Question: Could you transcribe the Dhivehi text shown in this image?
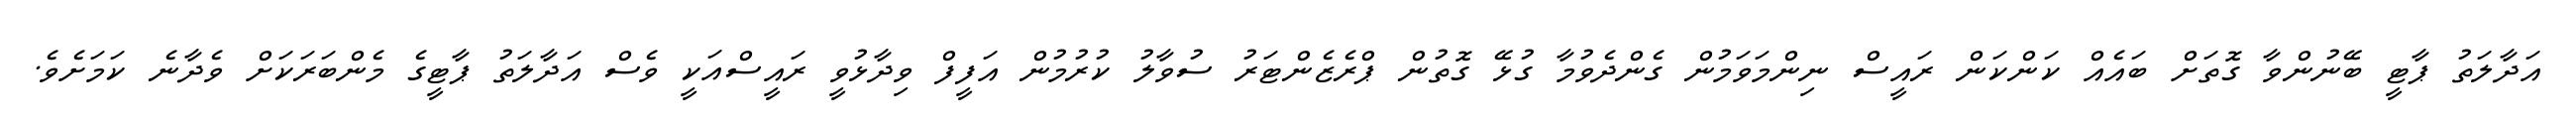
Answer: އަދާލަތު ޕާޓީ ބޭނުންވާ ގޮތަށް ބައެއް ކަންކަން ރައީސް ނިންމަވަމުން ގެންދެވުމާ ގުޅޭ ގޮތުން ޕްރެޒެންޓަރު ސުވާލު ކުރުމުން އަފީފް ވިދާޅުވީ ރައީސްއަކީ ވެސް އަދާލަތު ޕާޓީގެ މެންބަރަކަށް ވެދާނެ ކަމަށެވެ.